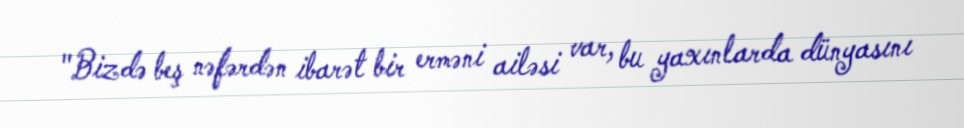
"Bizdə beş nəfərdən ibarət bir erməni ailəsi var, bu yaxınlarda dünyasını